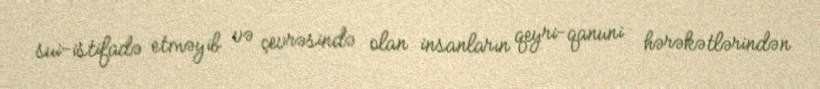
sui-istifadə etməyib və çevrəsində olan insanların qeyri-qanuni hərəkətlərindən